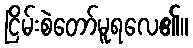
ငြိမ်းစဲတော်မူရလေ၏။